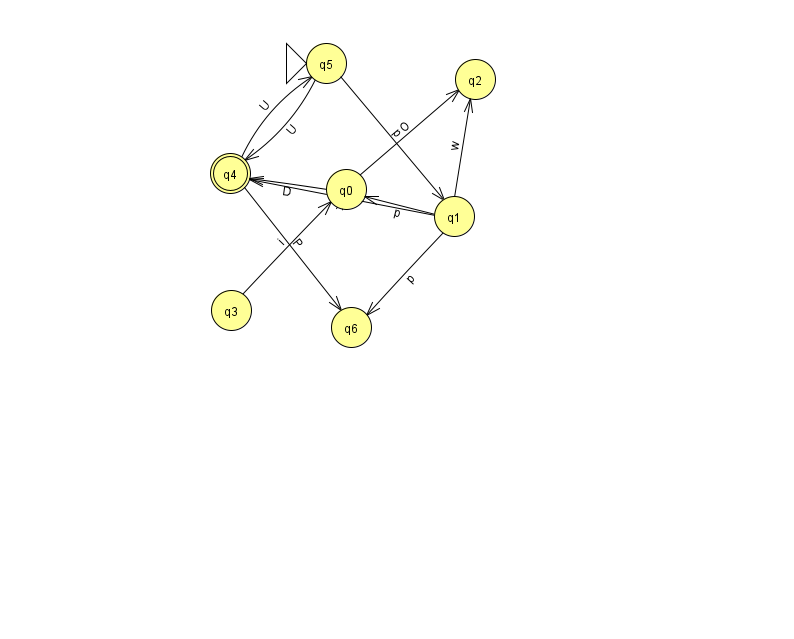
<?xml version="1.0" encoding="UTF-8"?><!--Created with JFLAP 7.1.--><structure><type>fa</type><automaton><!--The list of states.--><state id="0" name="q0"><x>346.0</x><y>176.0</y></state><state id="1" name="q1"><x>454.0</x><y>203.0</y></state><state id="2" name="q2"><x>475.0</x><y>66.0</y></state><state id="3" name="q3"><x>231.0</x><y>297.0</y></state><state id="4" name="q4"><x>230.0</x><y>160.0</y><final/></state><state id="5" name="q5"><x>326.0</x><y>50.0</y><initial/></state><state id="6" name="q6"><x>351.0</x><y>314.0</y></state><!--The list of transitions.--><transition><from>4</from><to>5</to><read>U</read></transition><transition><from>5</from><to>4</to><read>U</read></transition><transition><from>1</from><to>4</to><read>A</read></transition><transition><from>5</from><to>1</to><read>p</read></transition><transition><from>1</from><to>0</to><read>p</read></transition><transition><from>1</from><to>6</to><read>p</read></transition><transition><from>4</from><to>6</to><read>P</read></transition><transition><from>3</from><to>0</to><read>i</read></transition><transition><from>0</from><to>2</to><read>O</read></transition><transition><from>1</from><to>2</to><read>w</read></transition><transition><from>0</from><to>4</to><read>D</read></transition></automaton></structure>